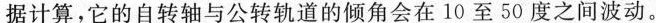
据计算，它的自转轴与公转轨道的倾角会在10至50之间波动。